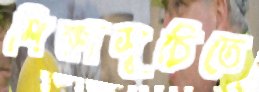
শিক্ষাসূচিতে